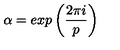
\alpha = e x p \left( \frac { 2 \pi i } { p } \right)